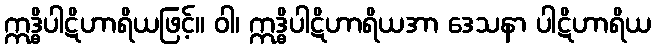
ဣဒ္ဓိပါဋိဟာရိယဖြင့်။ ဝါ၊ ဣဒ္ဓိပါဋိဟာရိယအာ ဒေသနာ ပါဋိဟာရိယ